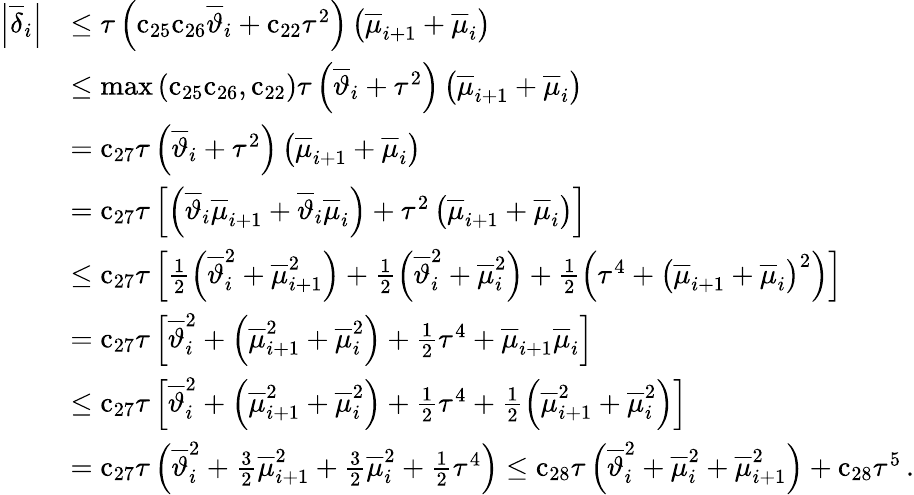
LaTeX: \begin{array}{rl}{\left|{\overline{{\delta}}}_{i}\right|}&{\leq{\tau}\left({\mathrm{c}}_{25}{\mathrm{c}}_{26}{{\overline{{\vartheta}}}_{i}}+{\mathrm{c}}_{22}{\tau}^{2}\right)\left({\overline{{\mu}}}_{i+1}+{\overline{{\mu}}}_{i}\right)}\\ &{\leq\operatorname*{max}\left({\mathrm{c}}_{25}{\mathrm{c}}_{26},{\mathrm{c}}_{22}\right){\tau}\left({\overline{{\vartheta}}}_{i}+{\tau}^{2}\right)\left({\overline{{\mu}}}_{i+1}+{\overline{{\mu}}}_{i}\right)}\\ &{={\mathrm{c}}_{27}{\tau}\left({\overline{{\vartheta}}}_{i}+{\tau}^{2}\right)\left({\overline{{\mu}}}_{i+1}+{\overline{{\mu}}}_{i}\right)}\\ &{={\mathrm{c}}_{27}{\tau}\left[\left({\overline{{\vartheta}}}_{i}{\overline{{\mu}}}_{i+1}+{\overline{{\vartheta}}}_{i}{\overline{{\mu}}}_{i}\right)+{\tau}^{2}\left({\overline{{\mu}}}_{i+1}+{\overline{{\mu}}}_{i}\right)\right]}\\ &{\leq{\mathrm{c}}_{27}{\tau}\left[\frac{1}{2}\left({\overline{{\vartheta}}}_{i}^{2}+{\overline{{\mu}}}_{i+1}^{2}\right)+\frac{1}{2}\left({\overline{{\vartheta}}}_{i}^{2}+{\overline{{\mu}}}_{i}^{2}\right)+\frac{1}{2}\left({\tau}^{4}+{\left({\overline{{\mu}}}_{i+1}+{\overline{{\mu}}}_{i}\right)}^{2}\right)\right]}\\ &{={\mathrm{c}}_{27}{\tau}\left[{\overline{{\vartheta}}}_{i}^{2}+\left({\overline{{\mu}}}_{i+1}^{2}+{\overline{{\mu}}}_{i}^{2}\right)+\frac{1}{2}{\tau}^{4}+{\overline{{\mu}}}_{i+1}{\overline{{\mu}}}_{i}\right]}\\ &{\leq{\mathrm{c}}_{27}{\tau}\left[{\overline{{\vartheta}}}_{i}^{2}+\left({\overline{{\mu}}}_{i+1}^{2}+{\overline{{\mu}}}_{i}^{2}\right)+\frac{1}{2}{\tau}^{4}+\frac{1}{2}\left({\overline{{\mu}}}_{i+1}^{2}+{\overline{{\mu}}}_{i}^{2}\right)\right]}\\ &{={\mathrm{c}}_{27}{\tau}\left({\overline{{\vartheta}}}_{i}^{2}+\frac{3}{2}{\overline{{\mu}}}_{i+1}^{2}+\frac{3}{2}{\overline{{\mu}}}_{i}^{2}+\frac{1}{2}{\tau}^{4}\right)\leq{\mathrm{c}}_{28}{\tau}\left({\overline{{\vartheta}}}_{i}^{2}+{\overline{{\mu}}}_{i}^{2}+{\overline{{\mu}}}_{i+1}^{2}\right)+{\mathrm{c}}_{28}{\tau}^{5}\, .}\end{array}